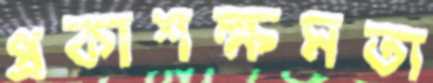
প্রকাশক্ষমতা